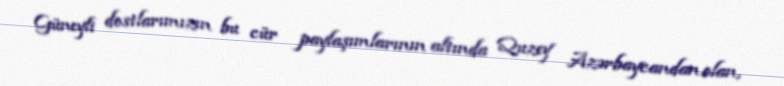
Güneyli dostlarımızın bu cür paylaşımlarının altında Quzey Azərbaycandan olan,